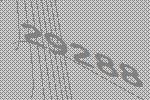
29288